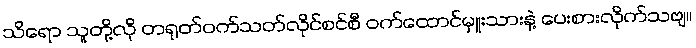
သိရော သူတို့လို တရုတ်ဝက်သတ်လိုင်စင်စီ ဝက်ထောင်မှူးသားနဲ့ ပေးစားလိုက်သဗျ။